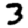
Digit: 3